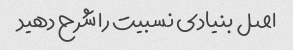
اصل بنیادی نسبیت را شرح دهید